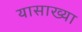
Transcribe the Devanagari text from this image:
यासाख्या